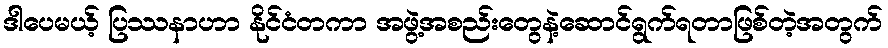
ဒါပေမယ့် ပြဿနာဟာ နိုင်ငံတကာ အဖွဲ့အစည်းတွေနဲ့ဆောင်ရွက်ရတာဖြစ်တဲ့အတွက်